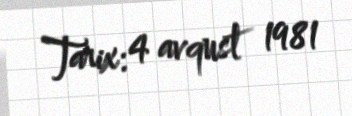
Tarix: 4 avqust 1981